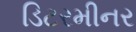
ડિટરમીનર